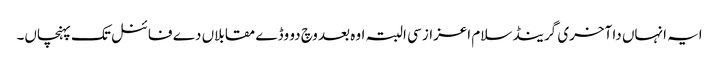
ایہ انہاں دا آخری گرینڈ سلام اعزاز سی البتہ اوہ بعد وچ دو وڈے مقابلاں دے فائنل تک پہنچاں۔